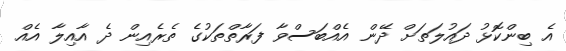
އެ ބިންކޮޅު ދައުލަތަށް ދޭން އެއްބަސްވާ ފަރާތްތަކުގެ ތެރެއިން ދެ އާއިލާ އެއް